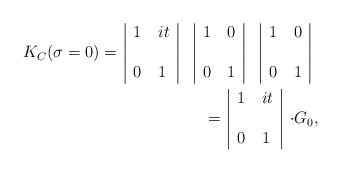
\begin{align*}\begin{tabular}{c|ll|c|ll|c|ll|c} & $1$ & $it$&&$1$&$0$&&$1$&$0$&\\$K_C(\sigma=0)=$&&&&&&&&&\\ & $0$ &$1$&&$0$&$1$&&$0$&$1$&\\\end{tabular}\\\begin{tabular}{c|ll|c} & $1$ & $it$&\\$=$&&&$\cdot G_0$,\\ & $0$ &$1$&\\\end{tabular}\\\end{align*}